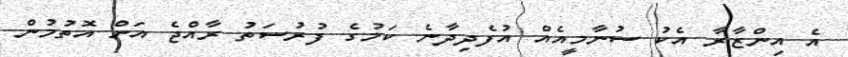
އެ އިންޒާރާ އެކު ސުނާމީއެއް އުފެދިދާނެ ކަމުގެ ފުރުސަތު ރާއްޖެ އަށް އޮތުމުން